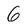
Character: 6